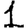
Digit: 1